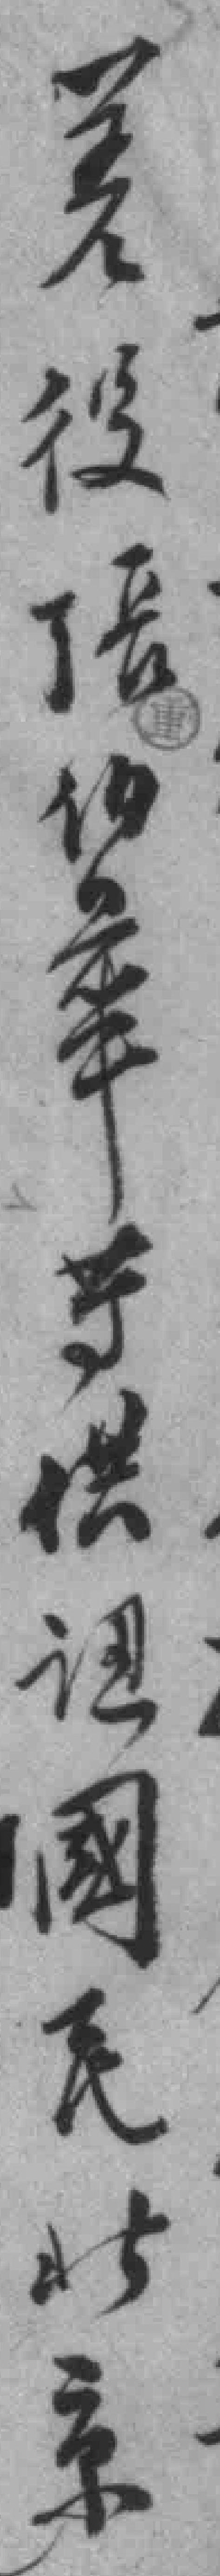
差役張伯華等供認國民北京